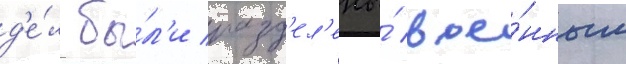
д'е́л бы́л'и разд'ел'ены́ вое́нным